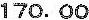
170.00